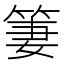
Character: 𱸀